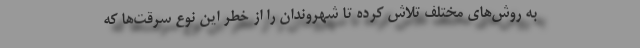
به روش‌های مختلف تلاش کرده تا شهروندان را از خطر این نوع سرقت‌ها که